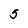
Character: 5